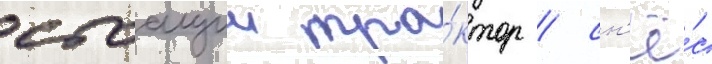
стоащии тра́ктор / сн'ё́с